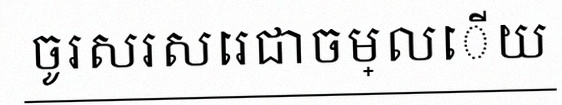
ចូរសរសេរជាចម្លើយ